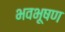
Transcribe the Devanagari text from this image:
भवभूषण